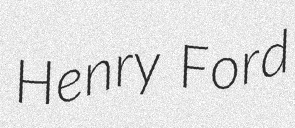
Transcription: Henry Ford